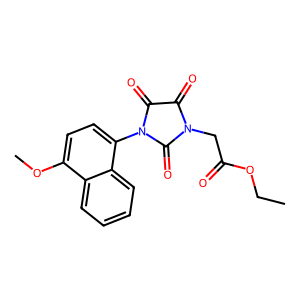
SMILES: CCOC(=O)CN1C(=O)C(=O)N(c2ccc(OC)c3ccccc23)C1=O
Inhibits HIV replication: No